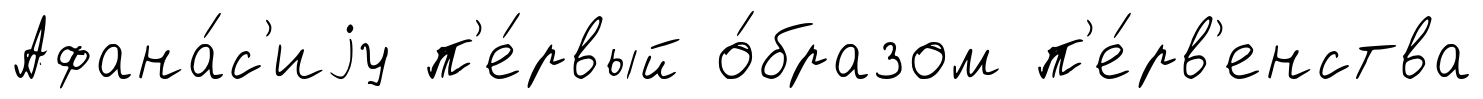
Афана́с'иjу п'е́рвый о́бразом п'е́рв'енства